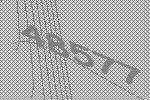
48577